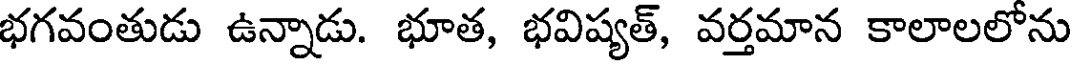
భగవంతుడు ఉన్నాడు. భూత, భవిష్యత్, వర్తమాన కాలాలలోను